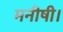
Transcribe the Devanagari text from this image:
मनीषी।